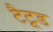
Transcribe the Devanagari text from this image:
टैटूड